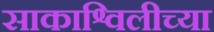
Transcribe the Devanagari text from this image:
साकाश्विलीच्या